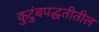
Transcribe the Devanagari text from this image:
कुटुंबपद्धतीतील